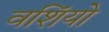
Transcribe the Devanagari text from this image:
वशिंयो